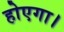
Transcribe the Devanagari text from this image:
होएगा।